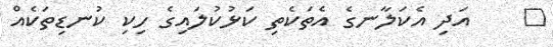
٥    އަދި އެކަލާނގެ އެތަކެތި ކަޅުކުލައިގެ ހިކި ކުނޑިތަކެއް